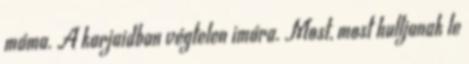
máma. A karjaidban végtelen imára. Most, most hulljanak le